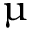
\upmu